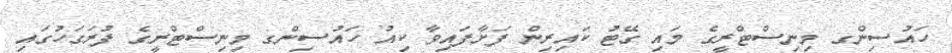
ހައުސިންގ މިނިސްޓްރީގެ މައި ގޭޓު ކައިރިން ފަށާފައިވާ ކިއު ހައުސިންގ މިނިސްޓްރީގެ ފުރަގަހުގައި